Report of the Indian Hemp Drugs Commission, 1894-1895 - Volume I
Year: 1894
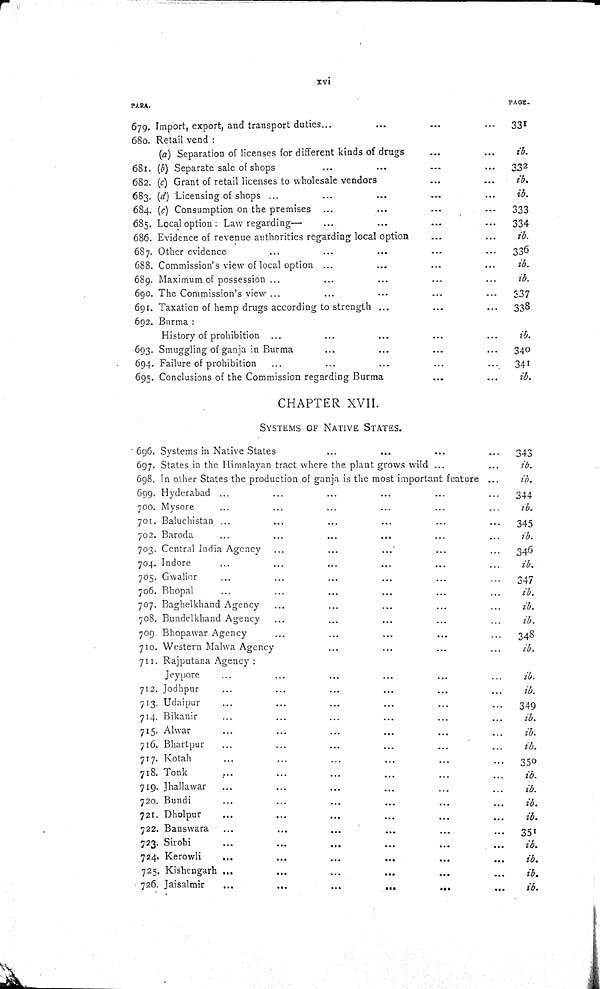
xvi
PARA.
PAGE.
679. Import, export, and transport duties
331
680. Retail vend:
(a) Separation of licenses for different kinds of drugs
ib.
681. (b) Separate sale of shops
332
682. (c) Grant of retail licenses to wholesale vendors
ib.
683. (d) Licensing of shops
ib.
684. (e) Consumption on the premises
333
685. Local option: Law regarding—
334
686. Evidence of revenue authorities regarding local option
ib.
687. Other evidence
336
688. Commission's view of local option
ib.
689. Maximum of possession
ib.
690. The Commission's view
337
691. Taxation of hemp drugs according to strength
338
692. Burma:
History of prohibition
ib.
693. Smuggling of ganja in Burma
340
694. Failure of prohibition
341
695. Conclusions of the Commission regarding Burma
ib.
CHAPTER XVII.
SYSTEMS OF NATIVE STATES.
696. Systems in Native States
343
697. States in the Himalayan tract where the plant grows wild
ib.
698. In other States the production of ganja is the most important feature
ib.
699. Hyderabad
344
700. Mysore
ib.
701. Baluchistan
345
702. Baroda
ib.
703. Central India Agency
346
704. Indore
ib.
705. Gwalior
347
706. Bhopal
ib.
707. Baghelkhand Agency
ib.
708. Bundelkhand Agency
ib.
709. Bhopawar Agency
348
710. Western Malwa Agency
ib.
711. Rajputana Agency:
Jeypore
ib.
712. Jodhpur
ib.
713. Udaipur
349
714. Bikanir
ib.
715. Alwar
ib.
716. Bhartpur
ib.
717. Kotah
350
718. Tonk
ib.
719. Jhallawar
ib.
720. Bundi
ib.
721. Dholpur
ib.
722. Banswara
351
723. Sirohi
ib.
724. Kerowli
ib.
725. Kishengarh
ib.
726. Jaisalmir
ib.